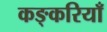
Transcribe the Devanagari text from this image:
कङ्करियाँ